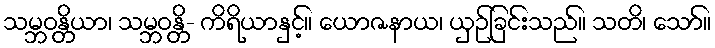
သမ္ဘဝန္တိယာ၊ သမ္ဘဝန္တိ- ကိရိယာနှင့်။ ယောဇနာယ၊ ယှဉ်ခြင်းသည်။ သတိ၊ သော်။